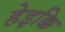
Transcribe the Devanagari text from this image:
हेइक्कि